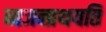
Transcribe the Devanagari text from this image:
व्यजन्प्रथयति